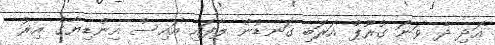
އަދި ދެ ވަނަ ގުރޫޕް އަރަބި ގަނޑުން ލާފައި އައިސް އިންޑިޔާގެ އިރު